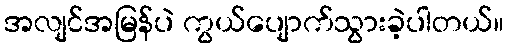
အလျင်အမြန်ပဲ ကွယ်ပျောက်သွားခဲ့ပါတယ်။